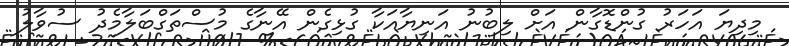
މިދިޔަ އަހަރު ގުންޑޮގާން އަށް ލިބުނު އަނިޔާއަކާ ގުޅިގެން އޭނާގެ މުސްތަގްބަލާމެދު ސުވާލު